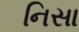
નિસા